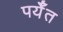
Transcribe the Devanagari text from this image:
पर्यँत